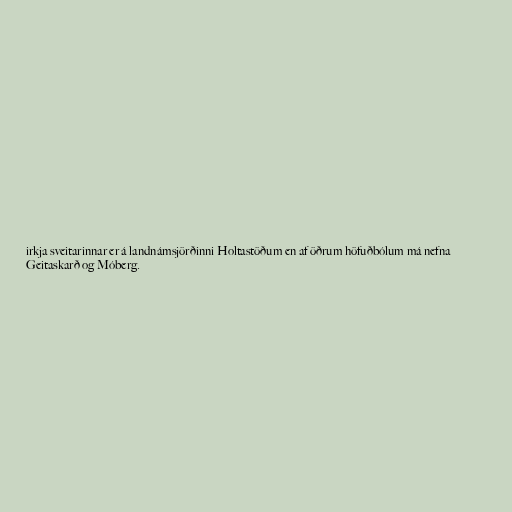
irkja sveitarinnar er á landnámsjörðinni Holtastöðum en af öðrum höfuðbólum má nefna
Geitaskarð og Móberg.